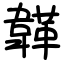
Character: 韚